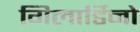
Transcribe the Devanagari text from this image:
गिलार्डिनो